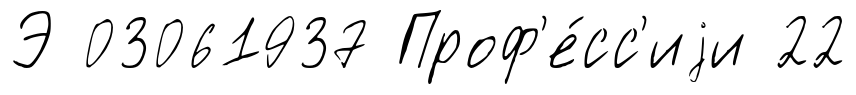
Э 03061937 Проф'е́сс'иjи 22